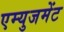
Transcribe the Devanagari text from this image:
एम्युजमेंट